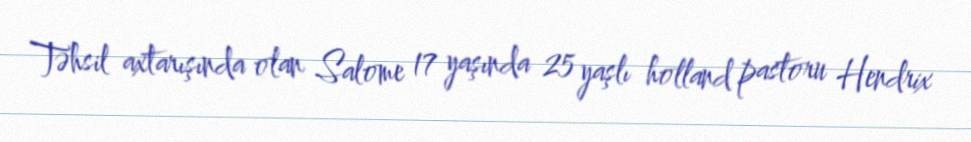
Təhsil axtarışında olan Salome 17 yaşında 25 yaşlı holland pastoru Hendrix